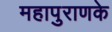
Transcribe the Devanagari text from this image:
महापुराणके